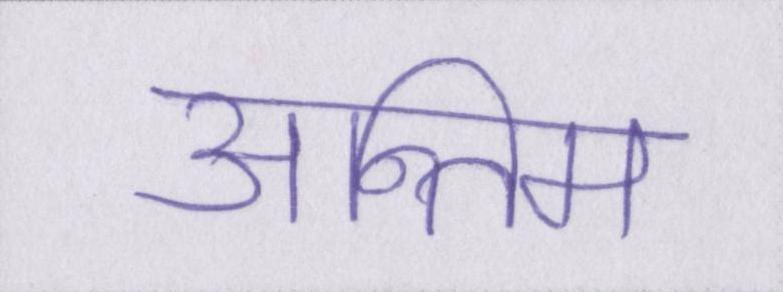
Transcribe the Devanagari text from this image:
अन्तिम